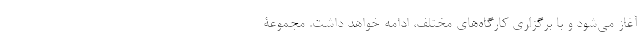
آغاز می‌شود و با برگزاری کارگاه‌های مختلف، ادامه خواهد داشت. مجموعۀ